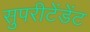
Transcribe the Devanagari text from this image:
सुपरीटेंडेंट